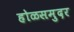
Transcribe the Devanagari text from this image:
होळसमुदर